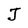
Character: J